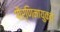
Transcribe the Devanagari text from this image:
पौर्णिमायुक्त